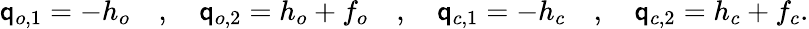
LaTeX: \mathsf{q}_{o,1}=-h_{o}\quad,\quad\mathsf{q}_{o,2}=h_{o}+f_{o}\quad,\quad\mathsf{q}_{c,1}=-h_{c}\quad,\quad\mathsf{q}_{c,2}=h_{c}+f_{c}.